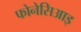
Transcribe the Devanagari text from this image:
फोनेसिआइ